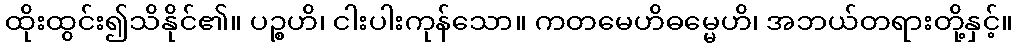
ထိုးထွင်း၍သိနိုင်၏။ ပဉ္စဟိ၊ ငါးပါးကုန်သော။ ကတမေဟိဓမ္မေဟိ၊ အဘယ်တရားတို့နှင့်။